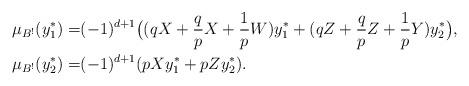
LaTeX: \begin{align*}\mu_{B^!}(y_1^*)=&(-1)^{d+1}\big((qX+\frac{q}{p}X+\frac{1}{p}W)y_1^*+ (qZ+\frac{q}{p}Z+\frac{1}{p}Y)y_2^*\big),\\\mu_{B^!}(y_2^*)=&(-1)^{d+1}(pXy_1^*+ pZy_2^*).\end{align*}